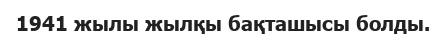
1941 жылы жылқы бақташысы болды.